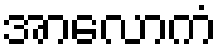
အာလောကံ